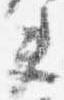
夫